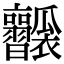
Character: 𤬥